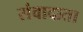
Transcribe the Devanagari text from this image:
संवादाता